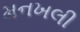
મનખલી